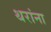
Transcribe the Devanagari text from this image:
थरांना